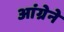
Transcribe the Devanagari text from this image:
आंग्रेने